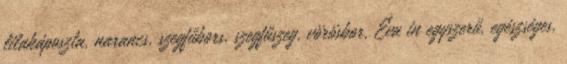
lilakáposzta, narancs, szegfűbors, szegfűszeg, vörösbor, Éva in egyszerű, egészséges,